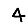
Digit: 4